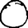
Digit: 0